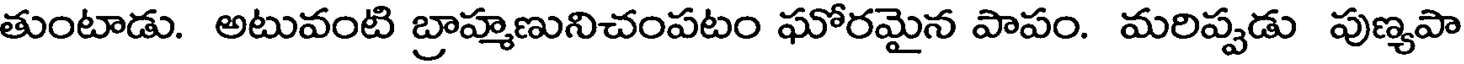
తుంటాడు. అటువంటి బ్రాహ్మణునిచంపటం ఘోరమైన పాపం. మరిప్పడు పుణ్యపా